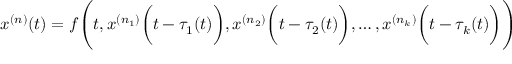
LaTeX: x ^ { ( n ) } ( t ) = f { \Biggl ( } t , x ^ { ( n _ { 1 } ) } { \biggl ( } t - \tau _ { 1 } ( t ) { \biggr ) } , x ^ { ( n _ { 2 } ) } { \biggl ( } t - \tau _ { 2 } ( t ) { \biggr ) } , \ldots , x ^ { ( n _ { k } ) } { \biggl ( } t - \tau _ { k } ( t ) { \biggr ) } { \Biggr ) }